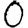
Digit: 0